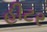
હીટર